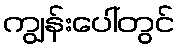
ကျွန်းပေါ်တွင်